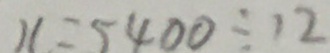
x = 5 4 0 0 \div 1 2